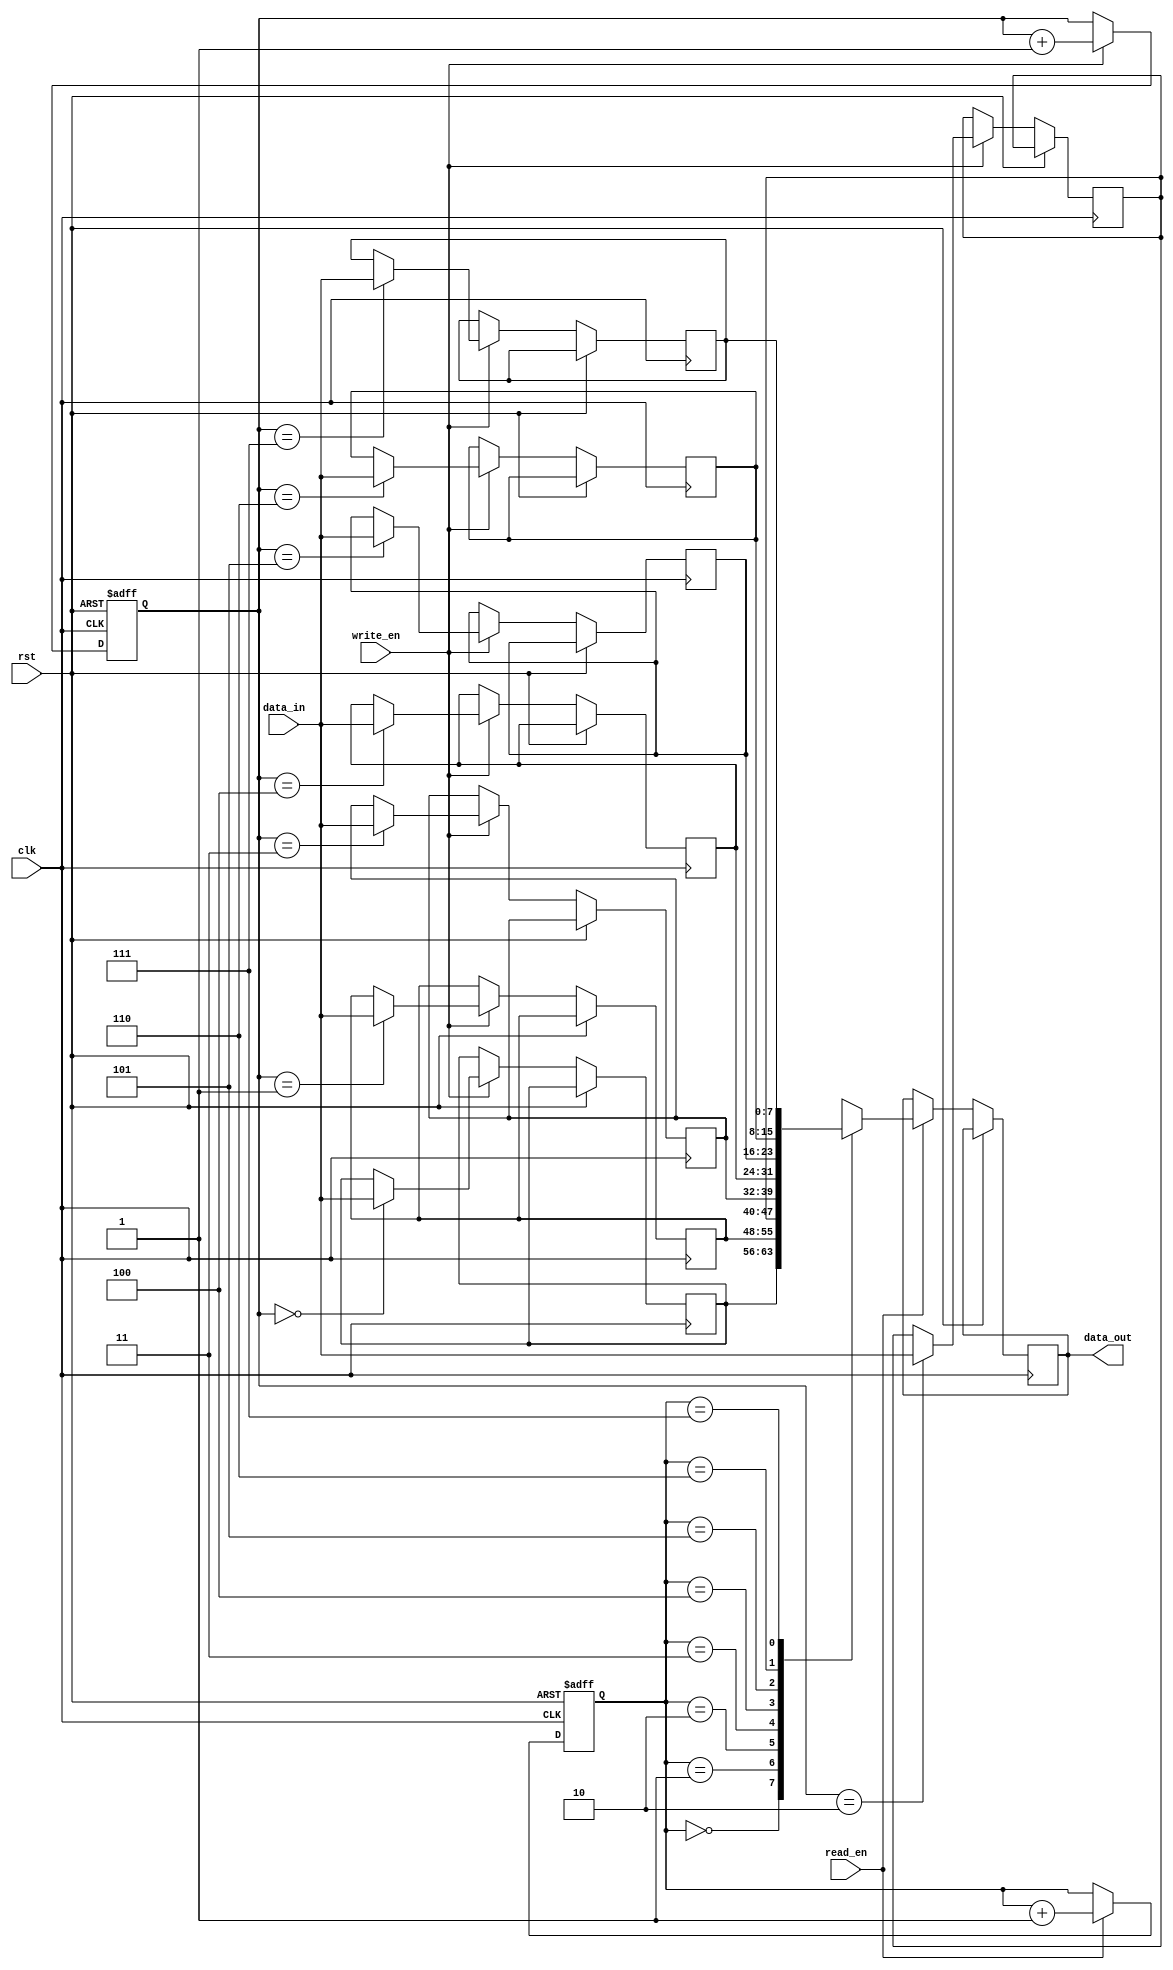
module fifo (
    input wire clk,
    input wire rst,
    input wire write_en,
    input wire read_en,
    input wire [7:0] data_in,
    output reg [7:0] data_out
);

reg [7:0] fifo [0:7];
reg [2:0] read_ptr;
reg [2:0] write_ptr;

always @(posedge clk or posedge rst) begin
    if (rst) begin
        read_ptr <= 3'b0;
        write_ptr <= 3'b0;
    end else begin
        if (write_en) begin
            fifo[write_ptr] <= data_in;
            write_ptr <= write_ptr + 1;
        end
        
        if (read_en) begin
            data_out <= fifo[read_ptr];
            read_ptr <= read_ptr + 1;
        end
    end
end

endmodule